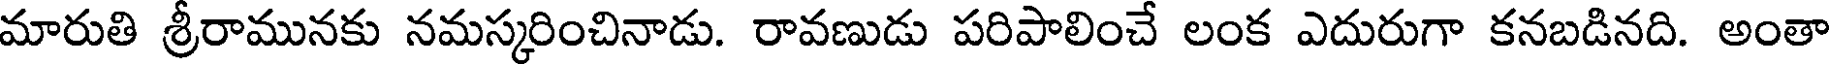
మారుతి శ్రీరామునకు నమస్కరించినాడు. రావణుడు పరిపాలించే లంక ఎదురుగా కనబడినది. అంతా